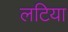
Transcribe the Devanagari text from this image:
लटिया